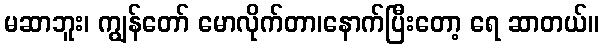
မဆာဘူး၊ ကျွန်တော် မောလိုက်တာ၊နောက်ပြီးတော့ ရေ ဆာတယ်။